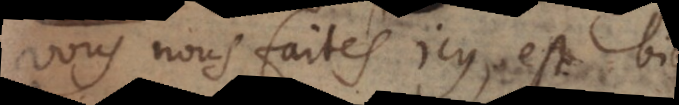
vous nous faites icy, est bien: